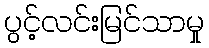
ပွင့်လင်းမြင်သာမှု